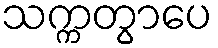
သက္ကတွာပေ